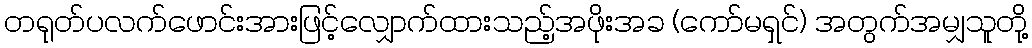
တရုတ်ပလက်ဖောင်းအားဖြင့်လျှောက်ထားသည့်အဖိုးအခ (ကော်မရှင်) အတွက်အမျှသူတို့